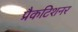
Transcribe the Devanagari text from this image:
प्रैकटिशनर